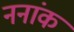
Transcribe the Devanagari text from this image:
ननांक